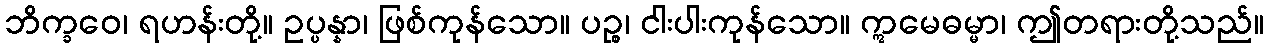
ဘိက္ခဝေ၊ ရဟန်းတို့။ ဥပ္ပန္နာ၊ ဖြစ်ကုန်သော။ ပဉ္စ၊ ငါးပါးကုန်သော။ ဣမေဓမ္မာ၊ ဤတရားတို့သည်။